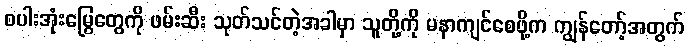
စပါးအုံးမြွေတွေကို ဖမ်းဆီး သုတ်သင်တဲ့အခါမှာ သူတို့ကို မနာကျင်စေဖို့က ကျွန်တော့်အတွက်